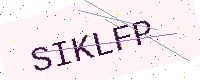
Text: SIKLFP